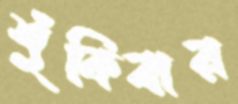
শুঁকিবার